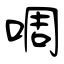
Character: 啁